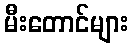
မီးတောင်များ